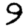
Digit: 9